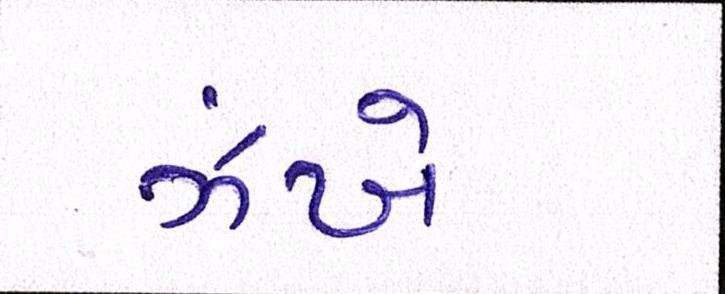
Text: ઝંખે